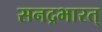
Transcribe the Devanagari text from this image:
सनद्रभारत्